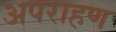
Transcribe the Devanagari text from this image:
अपराहण